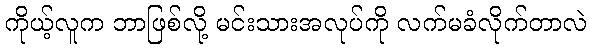
ကိုယ့်လူက ဘာဖြစ်လို့ မင်းသားအလုပ်ကို လက်မခံလိုက်တာလဲ